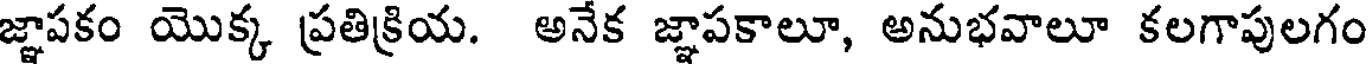
జ్ఞాపకం యొక్క ప్రతిక్రియ. అనేక జ్ఞాపకాలూ, అనుభవాలూ కలగాపులగం